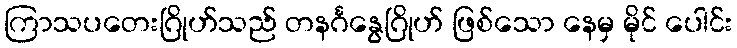
ကြာသပတေးဂြိုဟ်သည် တနင်္ဂနွေဂြိုဟ် ဖြစ်သော နေမှ မိုင် ပေါင်း